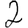
Digit: 2